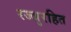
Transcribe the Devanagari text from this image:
रज्जुरहित